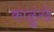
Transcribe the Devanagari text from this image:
काळुंखे